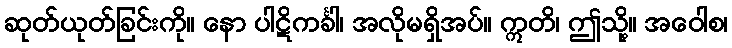
ဆုတ်ယုတ်ခြင်းကို။ နော ပါဋိကင်္ခါ၊ အလိုမရှိအပ်။ ဣတိ၊ ဤသို့။ အဝေါစ၊